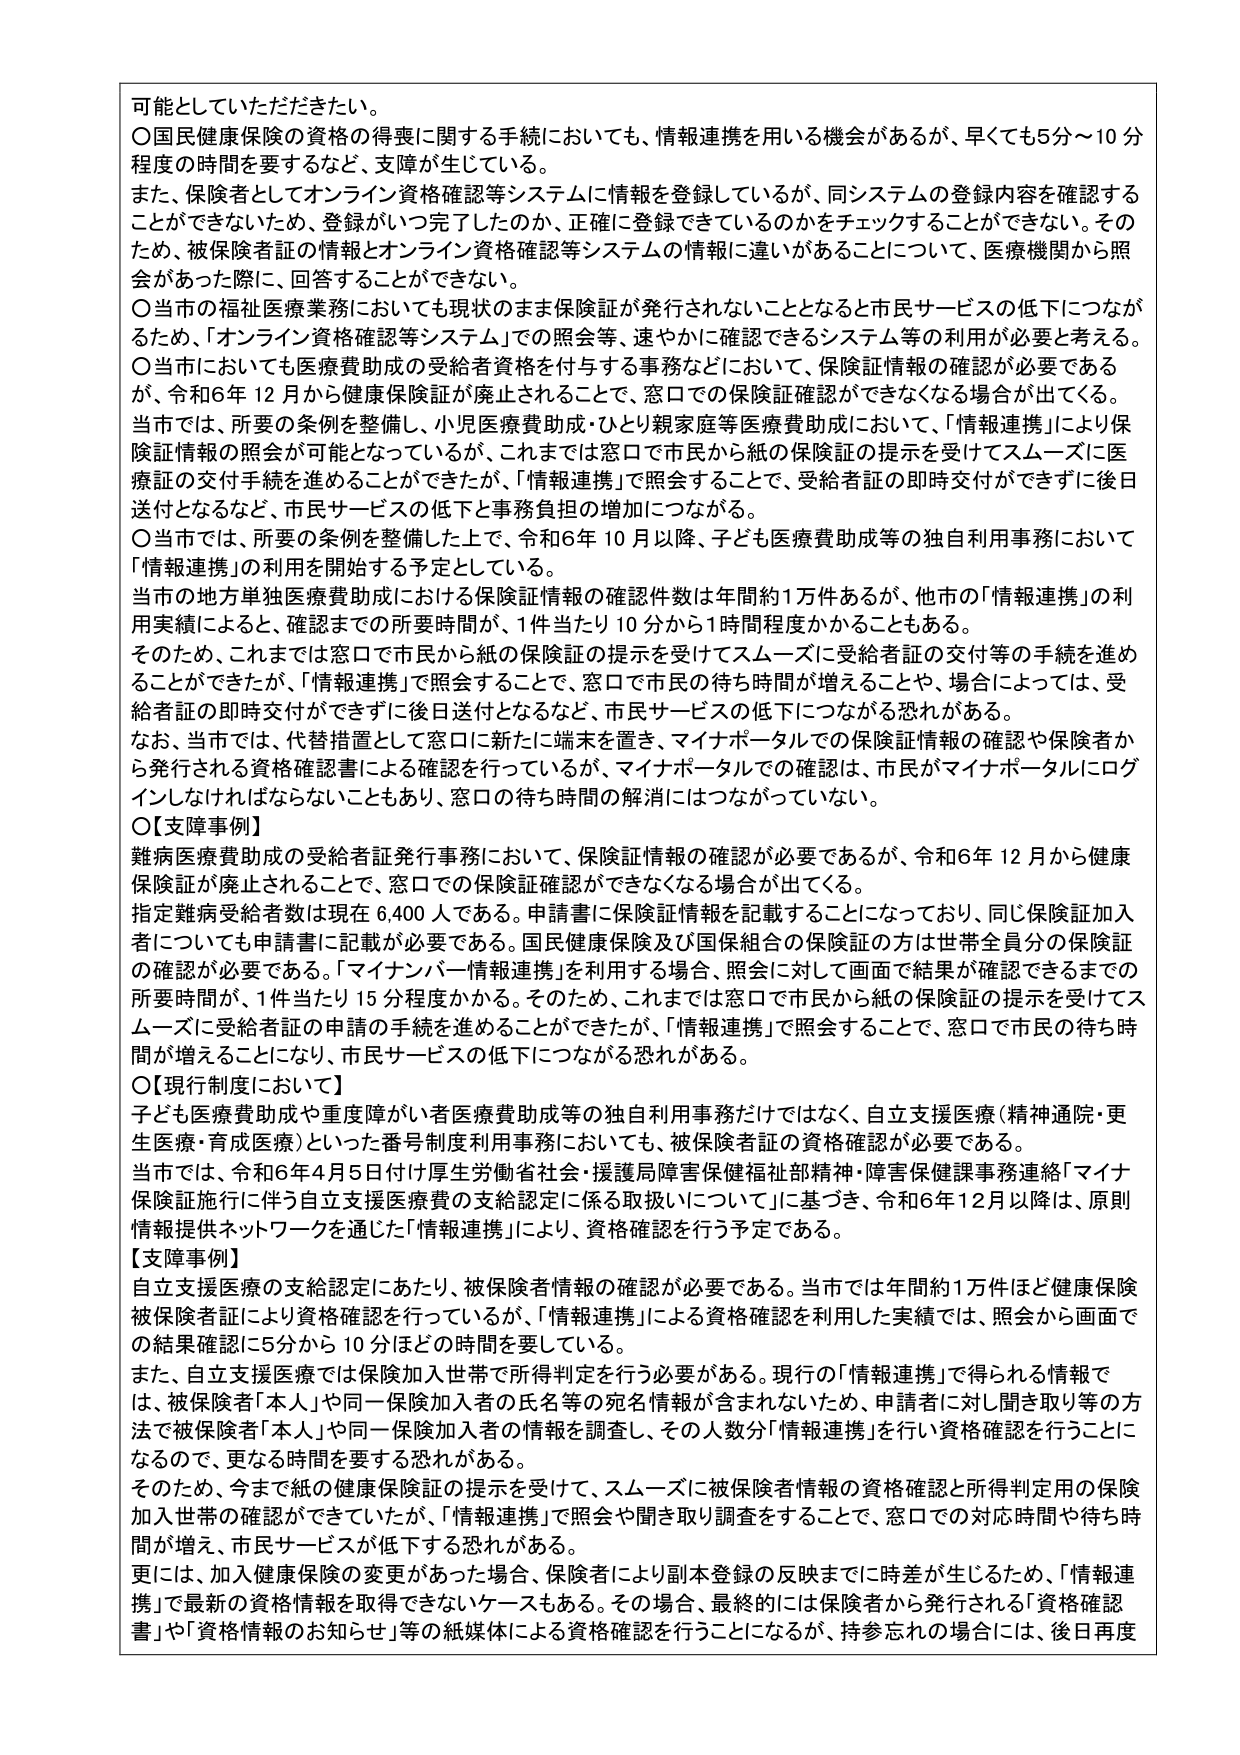
可能としていただきたい。

〇国民健康保険の資格の得喪に関する手続においても、情報連携を用いる機会があるが、早くても数分～10分程度の時間を要するなど、支障が生じている。

また、保険者としてオンライン資格確認等システムに情報を登録しているが、同システムの登録内容を確認することができないため、登録がいつ完了したのか、正確に登録できているのかをチェックすることができない。そのため、被保険者証の情報とオンライン資格確認等システムの情報に違いがあることについて、医療機関から照会があった際に、回答することができない。

〇当市の福祉医療業務においても現状のまま保険証が発行されないこととなると市民サービスの低下につながるため、「オンライン資格確認等システム」での照会等、速やかに確認できるシステム等の利用が必要と考える。

〇当市においても医療費助成の受給者資格を付与する事務などにおいて、保険証情報の確認が必要であるが、令和6年12月から健康保険証が廃止されることで、窓口での保険証確認ができなくなる場合が出てくる。

当市では、所要の条例を整備し、小児医療費助成・ひとり親家庭等医療費助成において、「情報連携」により保険証情報の照会が可能となっているが、これまでは窓口で市民から紙の保険証の提示を受けてスムーズに医療証の交付手続を進めることができたが、「情報連携」で照会することで、受給者証の即時交付ができずに後日送付となるなど、市民サービスの低下と事務負担の増加につながる。

〇当市では、所要の条例を整備した上で、令和6年10月以降、子ども医療費助成等の独自利用事務において「情報連携」の利用を開始する予定としている。

当市の地方単独医療費助成における保険証情報の確認件数は年間約1万件あるが、他市の「情報連携」の利用実績によると、確認までの所要時間が、1件当たり10分から1時間程度かかることもある。

そのため、これまでは窓口で市民から紙の保険証の提示を受けてスムーズに受給者証の交付等の手続を進めることができたが、「情報連携」で照会することで、窓口で市民の待ち時間が増えることや、場合によっては、受給者証の即時交付ができずに後日送付となるなど、市民サービスの低下につながる恐れがある。

なお、当市では、代替措置として窓口に新たに端末を置き、マイナポータルでの保険証情報の確認や保険者から発行される資格確認書による確認を行っているが、マイナポータルでの確認は、市民がマイナポータルにログインしなければならないこともあり、窓口の待ち時間の解消にはつながらていない。

〇【支障事例】

難病医療費助成の受給者証発行事務において、保険証情報の確認が必要であるが、令和6年12月から健康保険証が廃止されることで、窓口での保険証確認ができなくなる場合が出てくる。

指定難病受給者数は現在6,400人である。申請書に保険証情報を記載することになっており、同じ保険証加入者についても申請書に記載が必要である。国民健康保険及び国保組合の保険証の方は世帯全員分の保険証の確認が必要である。「マイナンバー情報連携」を利用する場合、照会に対して画面で結果が確認できるまでの所要時間が、1件当たり15分程度かかる。そのため、これまでは窓口で市民から紙の保険証の提示を受けてスムーズに受給者証の申請の手続を進めることができたが、「情報連携」で照会することで、窓口で市民の待ち時間が増えることになり、市民サービスの低下につながる恐れがある。

〇【現行制度において】

子ども医療費助成や重度障がい者医療費助成等の独自利用事務だけではなく、自立支援医療（精神通院・更生医療・育成医療）といった番号制度利用事務においても、被保険者証の資格確認が必要である。

当市では、令和6年4月5日付け厚生労働省社会・援護局障害保健福祉部精神・障害保健課事務連絡「マイナ保険証施行に伴う自立支援医療費の支給認定に係る取扱いについて」に基づき、令和6年12月以降は、原則情報提供ネットワークを通じた「情報連携」により、資格確認を行う予定である。

【支障事例】

自立支援医療の支給認定にあたり、被保険者情報の確認が必要である。当市では年間約1万件ほど健康保険被保険者証により資格確認を行っているが、「情報連携」による資格確認を利用した実績では、照会から画面での結果確認に5分から10分ほどの時間を要している。

また、自立支援医療では保険加入世帯で所得判定を行う必要がある。現行の「情報連携」で得られる情報では、被保険者「本人」や同一保険加入者の氏名等の宛名情報が含まれないため、申請者に対し聞き取り等の方法で被保険者「本人」や同一保険加入者の情報を調査し、その人数分「情報連携」を行い資格確認を行うことになるので、更なる時間を要する恐れがある。

そのため、今まで紙の健康保険証の提示を受けて、スムーズに被保険者情報の資格確認と所得判定用の保険加入世帯の確認ができていたが、「情報連携」で照会や聞き取り調査をすることで、窓口での対応時間や待ち時間が増え、市民サービスが低下する恐れがある。

更には、加入健康保険の変更があった場合、保険者により副本登録の反映までに時差が生じるため、「情報連携」で最新の資格情報を取得できないケースもある。その場合、最終的には保険者から発行される「資格確認書」や「資格情報のお知らせ」等の紙媒体による資格確認を行うことになるが、持参忘れの場合には、後日再度